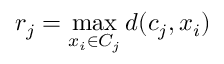
r _ { j } = \operatorname* { m a x } _ { x _ { i } \in C _ { j } } d ( c _ { j } , x _ { i } )